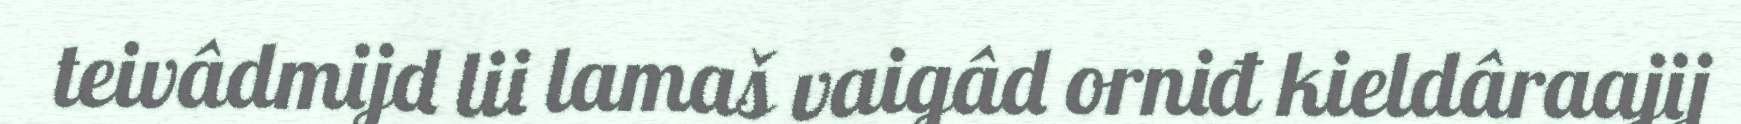
teivâdmijd lii lamaš vaigâd orniđ kieldâraajij